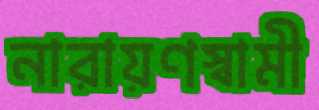
নারায়ণস্বামী